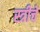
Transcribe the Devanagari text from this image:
स्त्रीचें